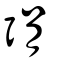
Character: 弲